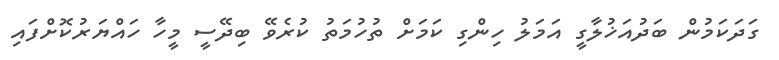
ގަދަކަމުން ބަދުއަޚުލާގީ އަމަލު ހިންގި ކަމަށް ތުހުމަތު ކުރެވޭ ބިދޭސީ މީހާ ހައްޔަރުކޮށްފައި